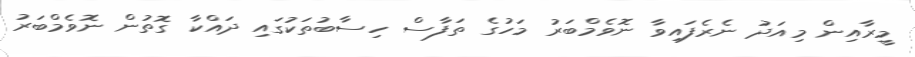
މީރާއިން މިއަދު ނެރެފައިވާ ނޮވެމްބަރު މަހުގެ ތަފާސް ހިސާބުތަކުގައި ދައްކާ ގޮތުން ނޮވެމްބަރު